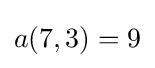
{\textstyle a(7,3)=9}